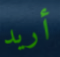
أريد